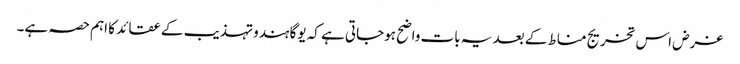
غرض اس تخریج مناط کے بعد یہ بات واضح ہوجاتی ہے کہ یوگا ہندو تہذیب کے عقائد کا اہم حصہ ہے۔